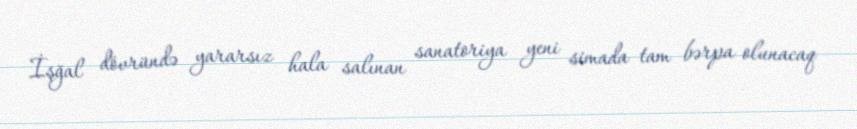
İşğal dövründə yararsız hala salınan sanatoriya yeni simada tam bərpa olunacaq